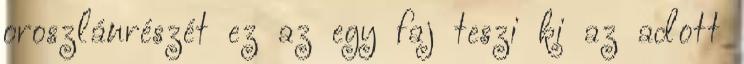
oroszlánrészét ez az egy faj teszi ki az adott